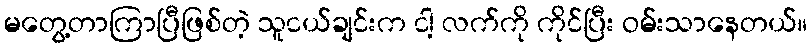
မတွေ့တာကြာပြီဖြစ်တဲ့ သူငယ်ချင်းက ငါ့ လက်ကို ကိုင်ပြီး ဝမ်းသာနေတယ်။